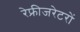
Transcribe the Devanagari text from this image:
रेफ्रीजरेटरों